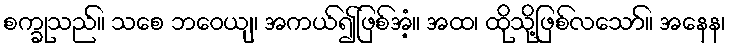
စက္ခုသည်။ သစေ ဘဝေယျ၊ အကယ်၍ဖြစ်အံ့။ အထ၊ ထိုသို့ဖြစ်လသော်။ အနေန၊